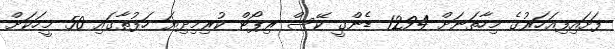
ފަށައިފިއަހަރުގެ މިހާތަނަށް 1294 ޑެންގީ ކޭސް ރިޕޯޓް ކުރިމިދިޔަ ހަފުތާގައި 50 މީހަކަށް